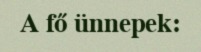
A fő ünnepek: